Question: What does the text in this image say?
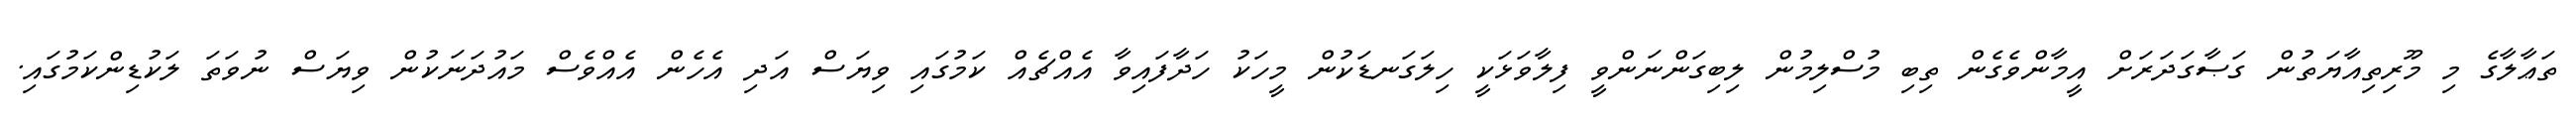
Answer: ތަޢާލާގެ މި މޫރިތިއާޔަތުން ގަޞާގަދަރަށް އީމާންވެގެން ތިބި މުސްލިމުން ލިބިގަންނަންވީ ފިލާވަޅަކީ ހިލަގަނޑަކުން މީހަކު ހަދާފައިވާ އެއްޗެއް ކަމުގައި ވިޔަސް އަދި އެހެން އެއްވެސް މައުދަނަކުން ވިޔަސް ނުވަތަ ލަކުޑިންކަމުގައި.